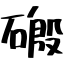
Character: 磤